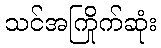
သင်အကြိုက်ဆုံး